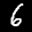
Label: 6